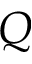
Q